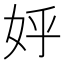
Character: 𡛚